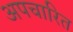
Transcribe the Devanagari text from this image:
अपचारित